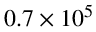
0 . 7 \times 1 0 ^ { 5 }